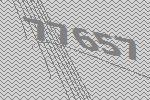
77657